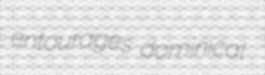
entourages dominical